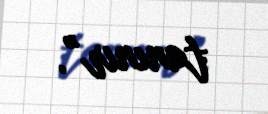
tanınır”.